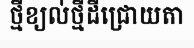
ថ្មីខ្យល់ថ្មីដីជ្រោយតា